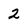
Character: 2